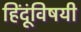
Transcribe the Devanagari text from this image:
हिंदूंविषयी